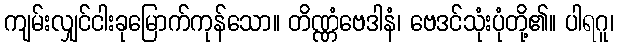
ကျမ်းလျှင်ငါးခုမြောက်ကုန်သော။ တိဏ္ဏံဗေဒါနံ၊ ဗေဒင်သုံးပုံတို့၏။ ပါရဂူ၊